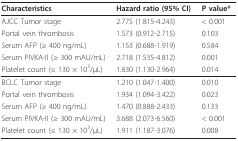
| Characteristics | Hazard ratio (95% CI) | P value* |
 | --- | --- | --- |
 | AJCC Tumor stage | 2.775 (1.815-4.243) | < 0.001 |
 | Portal vein thrombosis | 1.573 (0.912-2.715) | 0.103 |
 | Serum AFP (≥ 400 ng/mL) | 1.153 (0.688-1.919) | 0.584 |
 | Serum PIVKA-II (≥ 300 mAU/mL) | 2.718 (1.535-4.812) | 0.001 |
 | Platelet count (≤ 130 × 103/μL) | 1.830 (1.130-2.964) | 0.014 |
 | BCLC Tumor stage | 1.210 (1.047-1.400) | 0.010 |
 | Portal vein thrombosis | 1.934 (1.094-3.422) | 0.023 |
 | Serum AFP (≥ 400 ng/mL) | 1.470 (0.888-2.433) | 0.133 |
 | Serum PIVKA-II (≥ 300 mAU/mL) | 3.688 (2.073-6.560) | < 0.001 |
 | Platelet count (≤ 130 × 103/μL) | 1.911 (1.187-3.076) | 0.008 |